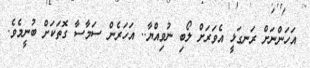
އަހަންނަށް ރަނގަޅީ އެވަރަށް ލޯބި ނުވިއްޔާ.. އަހަރެން ސަމާސާ ގޮތަކަށް ބުނީމެވެ.